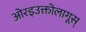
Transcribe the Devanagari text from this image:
ओरइउक्तोलागूस्